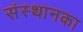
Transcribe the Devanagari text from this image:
संस्थानका